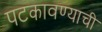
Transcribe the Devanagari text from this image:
पटकावण्याची